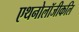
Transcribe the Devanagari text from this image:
एथनोलॉजीकलि